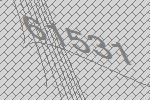
61531